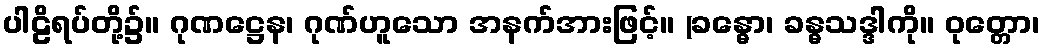
ပါဠိရပ်တို့၌။ ဂုဏဋ္ဌေန၊ ဂုဏ်ဟူသော အနက်အားဖြင့်။ (ခန္ဓော၊ ခန္ဓသဒ္ဒါကို။ ဝုတ္တော၊